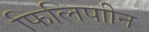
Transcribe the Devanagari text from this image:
फिलिपाीन